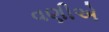
વણીએ